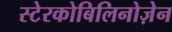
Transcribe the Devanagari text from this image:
स्टेरकोबिलिनोज़ेन